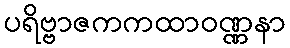
ပရိဗ္ဗာဇကကထာဝဏ္ဏနာ